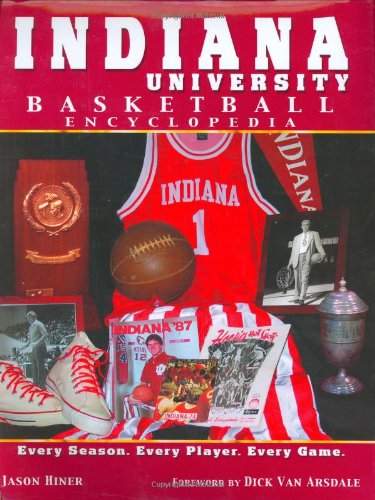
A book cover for Indiana University Basketball Encyclopedia; Jason Hiner; Sports & Outdoors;